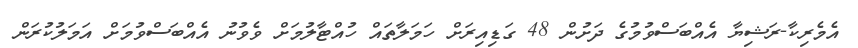
އެމެރިކާ-ރަޝިޔާ އެއްބަސްވުމުގެ ދަށުން 48 ގަޑިއިރަށް ހަމަލާތައް ހުއްޓާލުމަށް ވެވުނު އެއްބަސްވުމަށް އަމަލުކުރަން